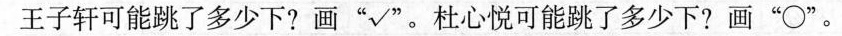
王子轩可能跳了多少下?画“√”。杜心悦可能跳了多少下?画\circ。